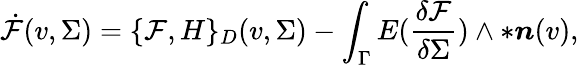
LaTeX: \dot{\mathcal{F}}(v,\Sigma)=\{ \mathcal{F},H\} _{D}(v,\Sigma)-\int_{\Gamma}E(\frac{\delta\mathcal{F}}{\delta\Sigma})\wedge\ast\boldsymbol{n}(v),